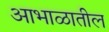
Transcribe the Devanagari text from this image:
आभाळातील